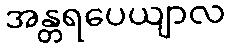
အန္တရပေယျာလ